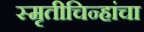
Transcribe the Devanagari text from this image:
स्मृतीचिन्हांचा